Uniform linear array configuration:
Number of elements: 48
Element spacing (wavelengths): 0.25
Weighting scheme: exponential
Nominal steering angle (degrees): -60
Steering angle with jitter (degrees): -61.561
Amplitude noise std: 0.05
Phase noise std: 0.05

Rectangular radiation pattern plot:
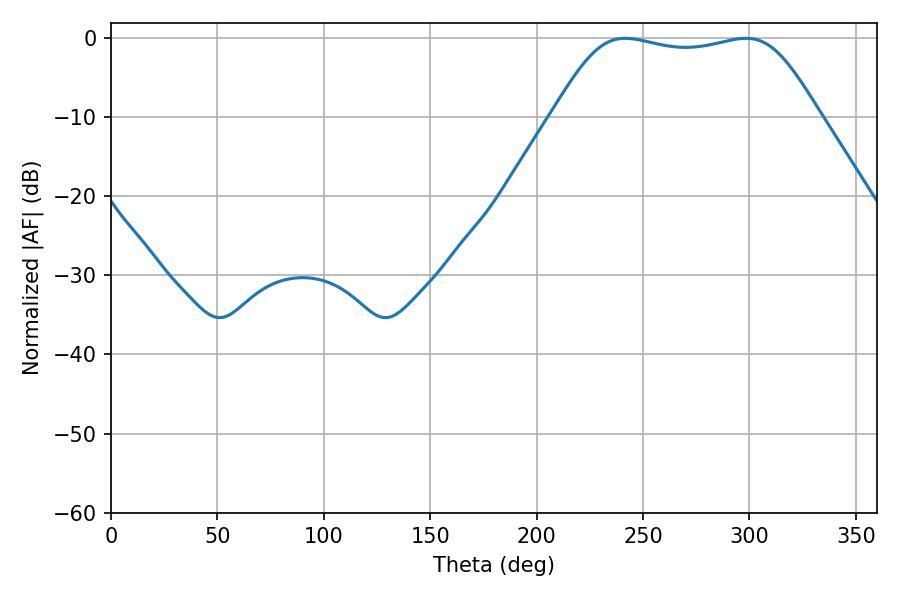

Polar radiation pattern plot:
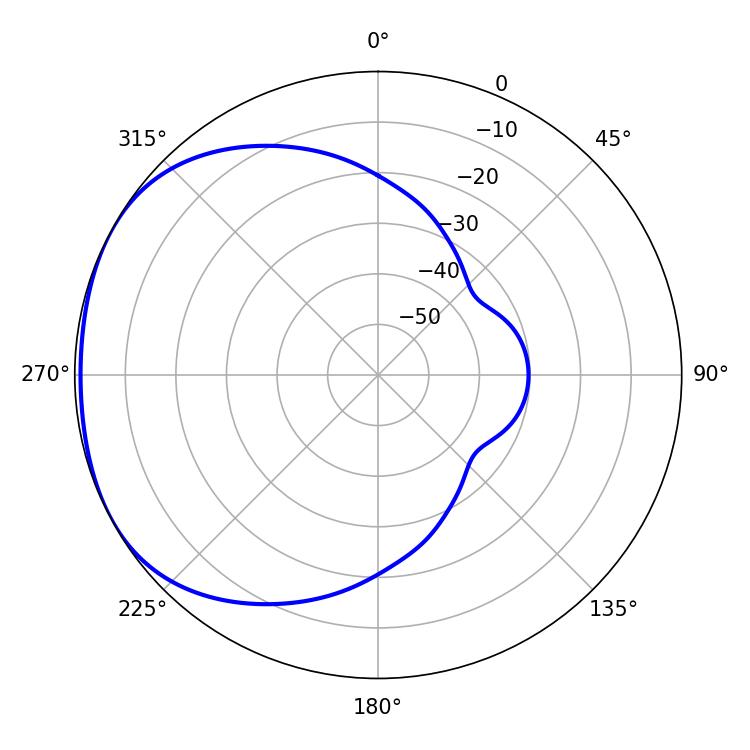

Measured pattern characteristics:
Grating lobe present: FALSE
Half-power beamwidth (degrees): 94.68
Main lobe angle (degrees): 241.74